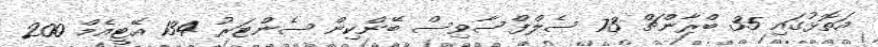
އަތޮޅުގައި 35 ބްރާންޗް 73 ސެލްފްސާވިސް ބޭންކިން ސެންޓަރު 134 އޭޓީއެމް 200